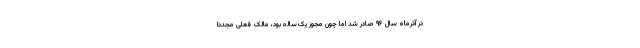
در آذرماه سال ۹۶ صادر شد اما چون مجوز یک‌ساله بود، مالک فعلی مجددا